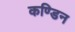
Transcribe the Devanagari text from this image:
कण्डिन